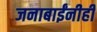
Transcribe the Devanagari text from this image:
जनाबाईंनीही